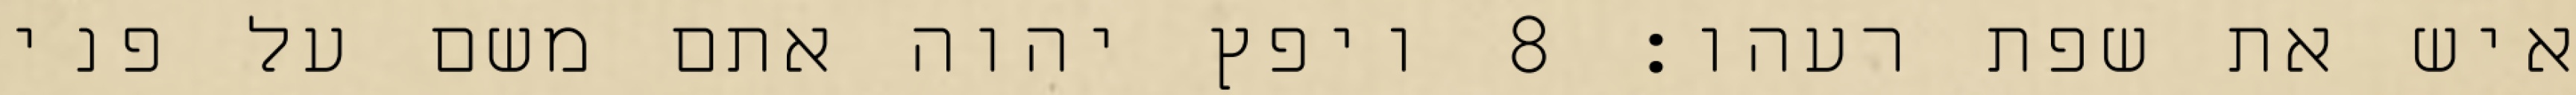
איש את שפת רעהו׃ ‎8‏ ויפץ יהוה אתם משם על פני